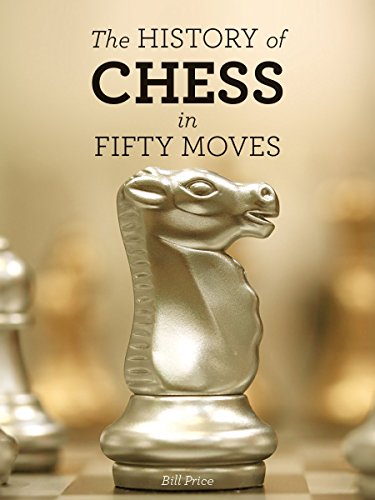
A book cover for The History of Chess in Fifty Moves (Fifty Things That Changed the Course of History); Bill Price; Humor & Entertainment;